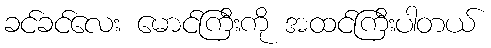
ခင်ခင်လေး မောင်ကြီးကို အထင်ကြီးပါတယ်